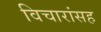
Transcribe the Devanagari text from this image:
विचारांसह